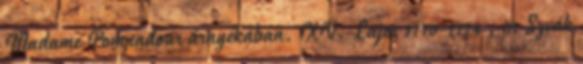
Madame Pompadour árnyékában. XV. Lajos 1710-1774 , in Szvák